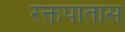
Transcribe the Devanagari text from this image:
रक्तपातास